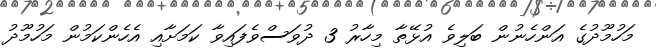
މަހުމޫދުގެ އަންހެނުން ބަލިވެ އުޅޭތާ މިހާރު 3 ދުވަސްވެފައިވާ ކަމަށާއި އެހެންކަމުން މަހުމޫދު